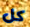
كل